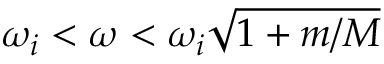
\omega _ { i } < \omega < \omega _ { i } \sqrt { 1 + m / M }